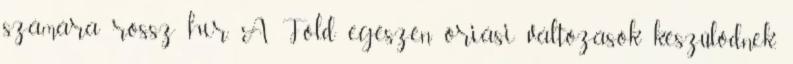
számára rossz hír. A Föld egészén óriási változások készülődnek,